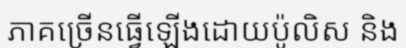
ភាគច្រើនធ្វើឡើងដោយប៉ូលិស និង